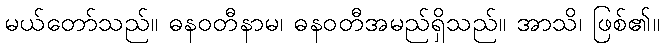
မယ်တော်သည်။ ဓနဝတီနာမ၊ ဓနဝတီအမည်ရှိသည်။ အာသိ၊ ဖြစ်၏။